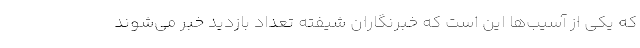
که یکی از آسیب‌ها این است که خبرنگاران شیفته تعداد بازدید خبر می‌شوند